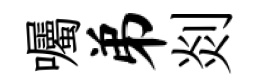
囑弟剡